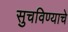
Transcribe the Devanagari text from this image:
सुचविण्याचे